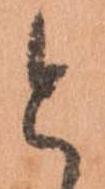
と